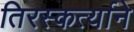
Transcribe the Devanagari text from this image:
तिरस्कर्त्याने